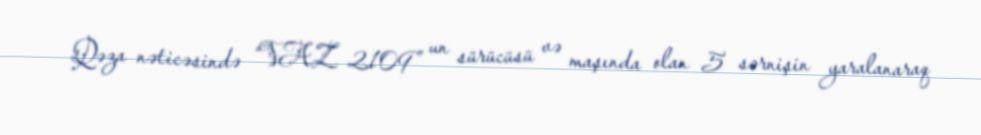
Qəza nəticəsində “VAZ 2109” un sürücüsü və maşında olan 5 sərnişin yaralanaraq